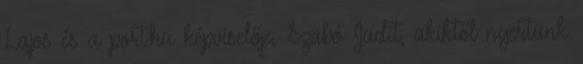
Lajos és a port.hu képviselője, Szabó Judit, akiktől nyertünk